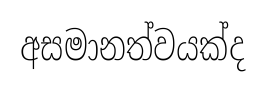
අසමානත්වයක්ද